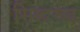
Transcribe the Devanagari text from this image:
सिद्धरूढ